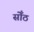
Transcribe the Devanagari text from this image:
सोँठ